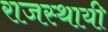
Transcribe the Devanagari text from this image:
राजस्थायी